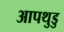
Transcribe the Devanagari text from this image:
आपथुडु